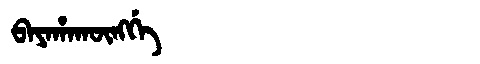
Manchu: ᠪᠠᠶᠠᡥᠠᡴᡡᠩᡤᡝ
Romanization: BAYAHAKŪNGGE